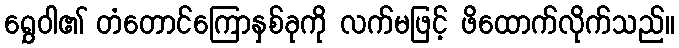
ရွှေဝါ၏ တံတောင်ကြောနှစ်ခုကို လက်မဖြင့် ဖိထောက်လိုက်သည်။